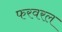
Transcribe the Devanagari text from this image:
फरवरल